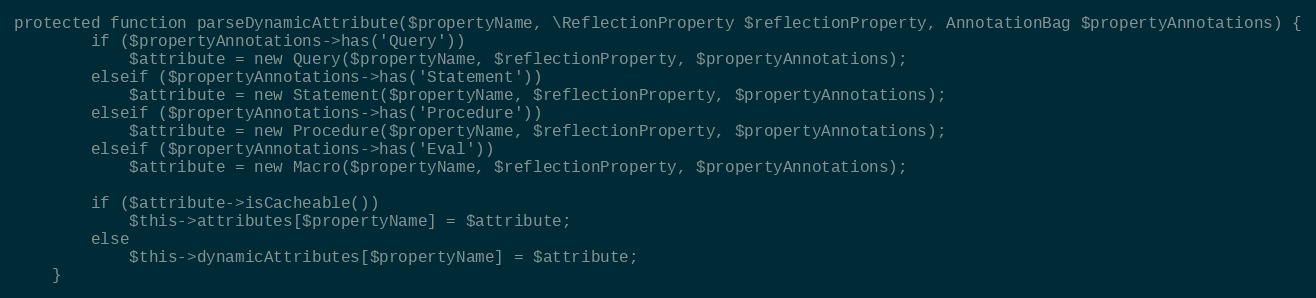
Language: PHP
protected function parseDynamicAttribute($propertyName, \ReflectionProperty $reflectionProperty, AnnotationBag $propertyAnnotations) {
		if ($propertyAnnotations->has('Query'))
			$attribute = new Query($propertyName, $reflectionProperty, $propertyAnnotations);
		elseif ($propertyAnnotations->has('Statement'))
			$attribute = new Statement($propertyName, $reflectionProperty, $propertyAnnotations);
		elseif ($propertyAnnotations->has('Procedure'))
			$attribute = new Procedure($propertyName, $reflectionProperty, $propertyAnnotations);
		elseif ($propertyAnnotations->has('Eval'))
			$attribute = new Macro($propertyName, $reflectionProperty, $propertyAnnotations);

		if ($attribute->isCacheable())
			$this->attributes[$propertyName] = $attribute;
		else
			$this->dynamicAttributes[$propertyName] = $attribute;
	}